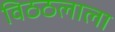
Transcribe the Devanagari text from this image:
विठठलाला